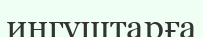
ингуштарға